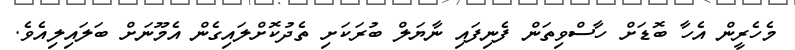
މެހެރީން އެހާ ބޮޑަށް ހާސްވިތަން ފެނިފައި ނާޔަލް ބުރަކަށި ތެދުކޮށްލައިގެން އެމޫނަށް ބަލައިލިއެވެ.